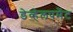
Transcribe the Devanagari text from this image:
डेव्हेलपमेंट